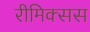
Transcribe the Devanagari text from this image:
रीमिक्सस